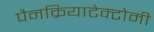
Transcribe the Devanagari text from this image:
पैनक्रियाटेक्टोमी